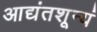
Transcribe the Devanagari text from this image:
आद्यंतशून्यं